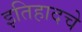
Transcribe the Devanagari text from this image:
इतिहादचे